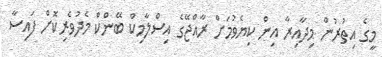
މީގެ އިތުރުން މިދާއިރާ އިން ކިޔެވުމަށް ރާއްޖޭގެ އިސްލާމިކް ބޭންކް މެދުވެރިކޮށް ފައިސާ